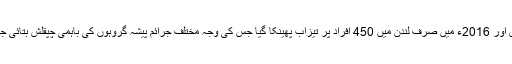
واضح رہے کہ لندن میں تیزاب گردی کے واقعات تیزی سے بڑھے ہیں اور 2016ء میں صرف لندن میں 450 افراد پر تیزاب پھینکا گیا جس کی وجہ مختلف جرائم پیشہ گروہوں کی باہمی چپقلش بتائی جاتی ہے، یہ شرح 2014ء کے واقعات کے مقابلے میں دگنا ہوگئی ہے۔